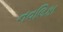
નવલિકા